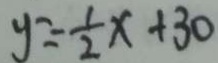
y = - \frac { 1 } { 2 } x + 3 0